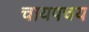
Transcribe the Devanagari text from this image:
चायपचय